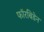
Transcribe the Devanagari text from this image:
फॉरबिडेन